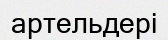
артельдері